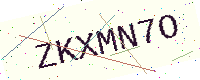
Text: ZKXMN7O